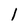
Character: l